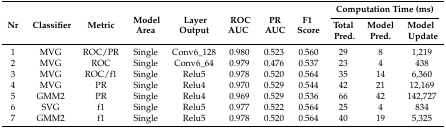
| <ROWSPAN=2> Nr | <ROWSPAN=2> Classifier | <ROWSPAN=2> Metric | <ROWSPAN=2> Model Area | <ROWSPAN=2> Layer Output | <ROWSPAN=2> ROC AUC | <ROWSPAN=2> PR AUC | <ROWSPAN=2> F1 Score | <COLSPAN=3> Computation Time (ms) |
 | Total Pred. | Model Pred. | Model Update |
 | --- | --- | --- | --- | --- | --- | --- | --- | --- | --- | --- |
 | 1 | MVG | ROC/PR | Single | Conv6_128 | 0.980 | 0.523 | 0.560 | 29 | 8 | 1,219 |
 | 2 | MVG | ROC | Single | Conv6_64 | 0.979 | 0.476 | 0.537 | 23 | 4 | 438 |
 | 3 | MVG | ROC/f1 | Single | Relu5 | 0.978 | 0.520 | 0.564 | 35 | 14 | 6,360 |
 | 4 | MVG | PR | Single | Relu4 | 0.970 | 0.529 | 0.544 | 42 | 21 | 12,169 |
 | 5 | GMM2 | PR | Single | Relu4 | 0.969 | 0.529 | 0.536 | 66 | 42 | 142,727 |
 | 6 | SVG | f1 | Single | Relu5 | 0.977 | 0.522 | 0.564 | 25 | 4 | 834 |
 | 7 | GMM2 | f1 | Single | Relu5 | 0.978 | 0.520 | 0.564 | 40 | 19 | 5,325 |